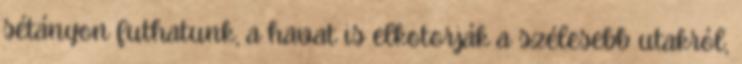
sétányon futhatunk, a havat is elkotorják a szélesebb utakról,